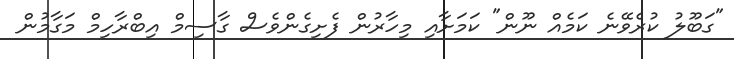
"ގަބޫލު ކުރެވޭނެ ކަމެއް ނޫން" ކަމަށާއި މިހާރުން ފެށިގެންވެސް ގާސިމް އިބްރާހިމް މަގާމުން